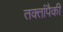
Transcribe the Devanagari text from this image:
तक्तांपैकी